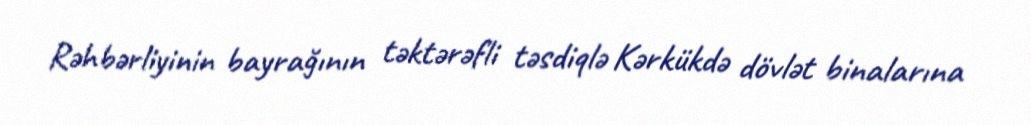
Rəhbərliyinin bayrağının təktərəfli təsdiqlə Kərkükdə dövlət binalarına